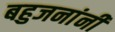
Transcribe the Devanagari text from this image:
बहुजनांनी